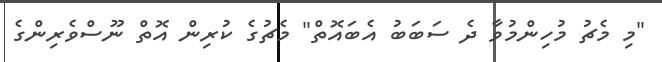
"މި މެޗު މުހިންމުވާ ދެ ސަބަބު އެބައޮތް" މެޗުގެ ކުރިން އޮތް ނޫސްވެރިންގެ